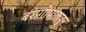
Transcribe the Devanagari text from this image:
बंशगोपालपुर